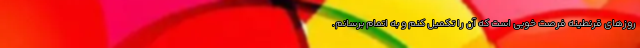
روزهای قرنطینه فرصت خوبی است که آن را تکمیل کنم و به اتمام برسانم.